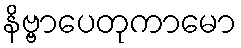
နိဗ္ဗာပေတုကာမော